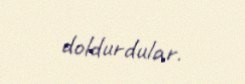
doldurdular.